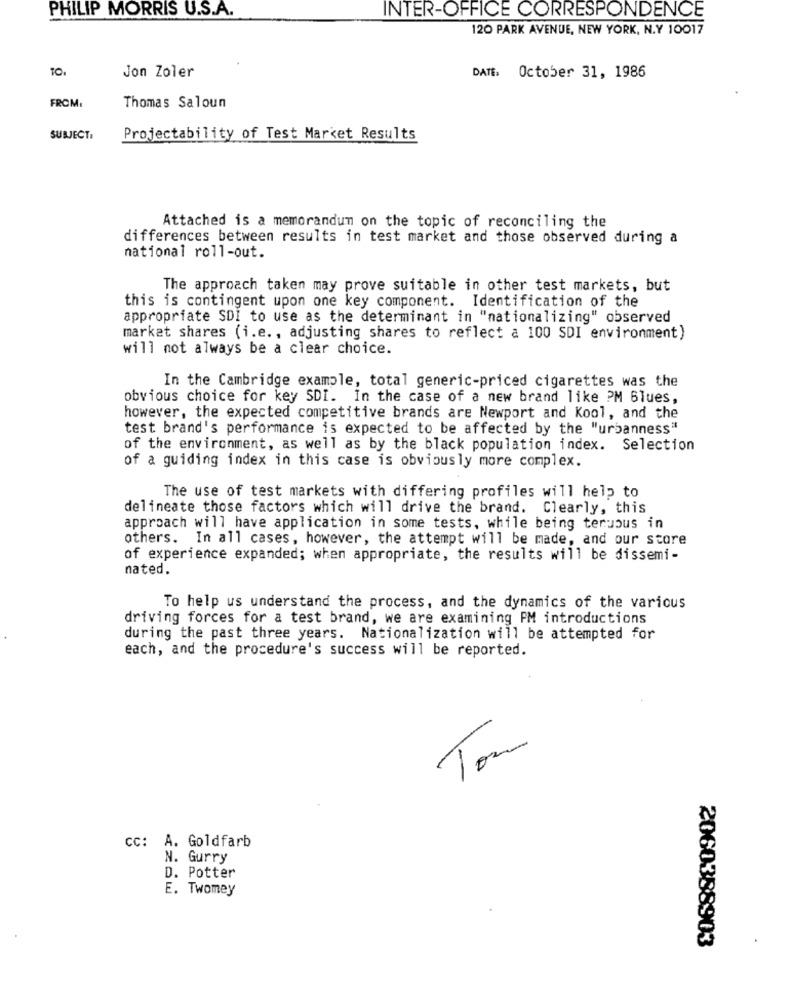
PHILIP MORRIS U.S.A.
INTER-OFFICE CORRESPONDENCE
120 PARK AVENUE, NEW YORK, N.Y 10017
Jon Zoler
DATE. October 31, 1986
FROM:
Thomas Saloun
SUBJECT:
Projectability of Test Market Results
Attached is a memorandum on the topic of reconciling the
differences between results in test market and those observed during a
national roll-out.
The approach taken may prove suitable in other test markets, but
this is contingent upon one key component. Identification of the
appropriate SDI to use as the determinant in "nationalizing" observed
market shares (i.e ., adjusting shares to reflect a 100 SDI environment)
will not always be a clear choice.
In the Cambridge example, total generic-priced cigarettes was the
obvious choice for key SDI. In the case of a new brand like PM Blues,
however, the expected competitive brands are Newport and Kool, and the
test brand's performance is expected to be affected by the "urbanness"
of the environment, as well as by the black population index. Selection
of a guiding index in this case is obviously more complex.
The use of test markets with differing profiles will help to
delineate those factors which will drive the brand. Clearly, this
approach will have application in some tests, while being tenuous in
others. In all cases, however, the attempt will be made, and our store
of experience expanded; when appropriate, the results will be dissemi-
nated.
To help us understand the process, and the dynamics of the various
driving forces for a test brand, we are examining PM introductions
during the past three years. Nationalization will be attempted for
each, and the procedure's success will be reported.
Ton
CC: A. Goldfarb
N. Gurry
D. Potter
E. Twomey
2060388903